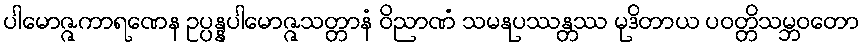
ပါမောဇ္ဇကာရဏေန ဥပ္ပန္နပါမောဇ္ဇသတ္တာနံ ဝိညာဏံ သမနုပဿန္တဿ မုဒိတာယ ပဝတ္တိသမ္ဘဝတော